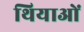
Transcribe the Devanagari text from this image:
थियाओं